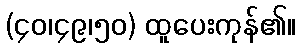
(၄၀၊၄၉၊၅၀) ထူပေးကုန်၏။